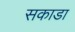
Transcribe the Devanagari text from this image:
सकाडा